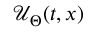
\mathcal { U } _ { \Theta } ( t , x )